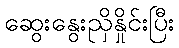
ဆွေးနွေးညှိနှိုင်းပြီး